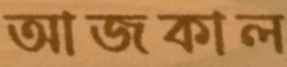
আজকাল